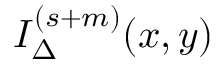
I _ { \Delta } ^ { ( s + m ) } ( x , y )